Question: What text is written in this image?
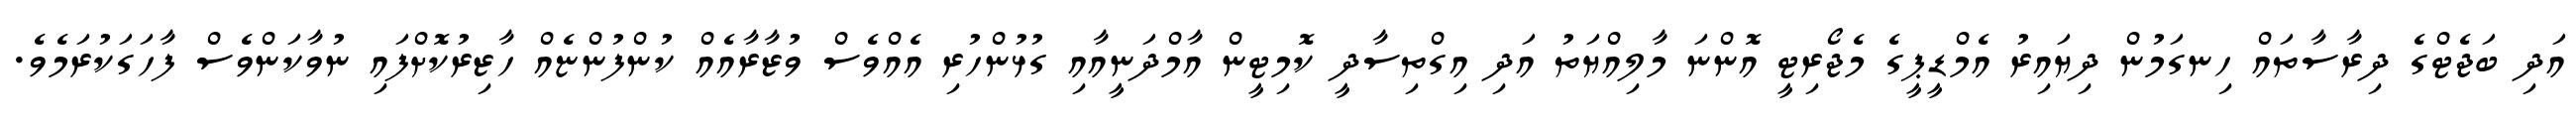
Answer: އަދި ބަޖެޓްގެ ދިރާސާތައް ހިނގަމުން ދިޔައިރު އެމްޑީޕީގެ މެޖޯރިޓީ އޮންނަ މާލިއްޔަތު އަދި އިގްތިސާދީ ކޮމިޓީން އާމްދަނީއާއި ގުޅުންހުރި އެއްވެސް ވުޒާރާއެއް ކުންފުންޏެއް ހާޒިރުކޮށްފައި ނުވާކަންވެސް ފާހަގަކުރަމެވެ.